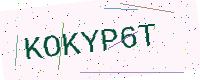
Text: KOKYP6T